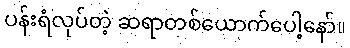
ပန်းရံလုပ်တဲ့ ဆရာတစ်ယောက်ပေါ့နော်။